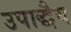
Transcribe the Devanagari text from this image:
उपाद्धैय